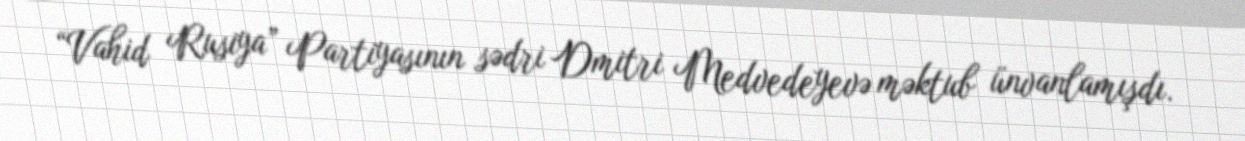
“Vahid Rusiya” Partiyasının sədri Dmitri Medvedeyevə məktub ünvanlamışdı.